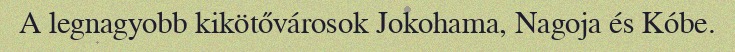
A legnagyobb kikötővárosok Jokohama, Nagoja és Kóbe.